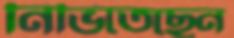
নিভিতেছেন